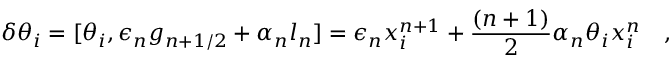
\delta \theta _ { i } = [ \theta _ { i } , \epsilon _ { n } g _ { n + 1 / 2 } + \alpha _ { n } l _ { n } ] = \epsilon _ { n } x _ { i } ^ { n + 1 } + \frac { ( n + 1 ) } { 2 } \alpha _ { n } \theta _ { i } x _ { i } ^ { n } \quad ,